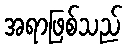
အရာဖြစ်သည်